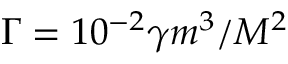
\Gamma = 1 0 ^ { - 2 } \gamma m ^ { 3 } / M ^ { 2 }